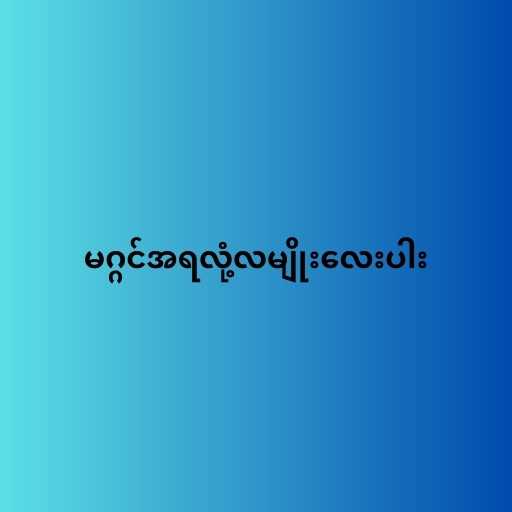
မဂ္ဂင်အရလုံ့လမျိုးလေးပါး